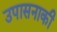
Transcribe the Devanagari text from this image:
उपासनाकी